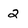
Character: 2